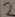
Text: 2